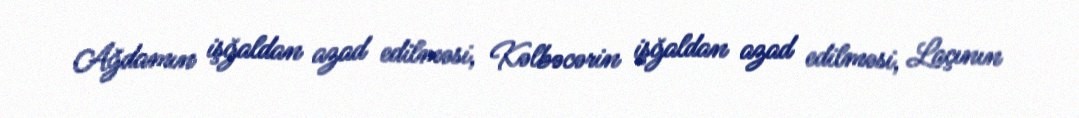
Ağdamın işğaldan azad edilməsi, Kəlbəcərin işğaldan azad edilməsi, Laçının